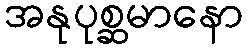
အနုပုစ္ဆမာနော